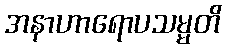
အနာဟာရောပသမ္မတိ